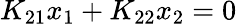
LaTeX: K_{21}x_{1}+K_{22}x_{2}=0